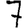
Digit: 7